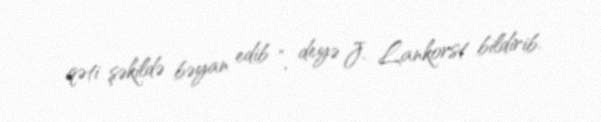
qəti şəkildə bəyan edib ”, deyə J. Lankorst bildirib.